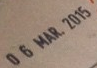
0 6 MAR 2015